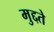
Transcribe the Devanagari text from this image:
मुद्दते